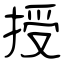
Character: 授